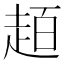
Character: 𧻙